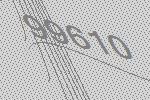
99610